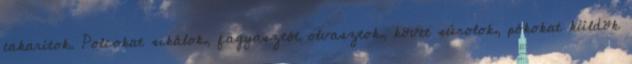
takarítok. Polcokat sikálok, fagyasztót olvasztok, követ súrolok, pókokat küldök